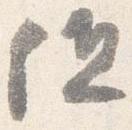
但